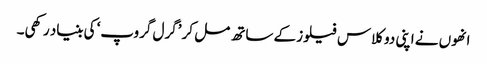
انھوں نے اپنی دو کلاس فیلوز کے ساتھ مل کر ’گرل گروپ‘ کی بنیاد رکھی۔